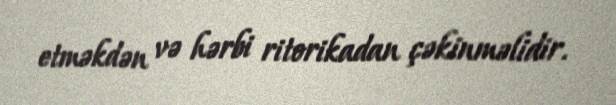
etməkdən və hərbi ritorikadan çəkinməlidir.